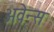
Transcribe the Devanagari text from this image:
अवेन्स